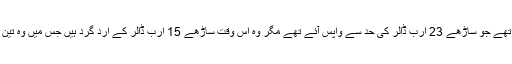
زرمبادلہ کے ذخائر اس وقت 20 ارب ڈالر کو چھو رہے تھے جو ساڑھے 23 ارب ڈالر کی حد سے واپس آئے تھے مگر وہ اس وقت ساڑھے 15 ارب ڈالر کے ارد گرد ہیں جس میں وہ تین ارب ڈالر بھی شامل ہیں جنہیں ہم استعمال نہیں کر سکتے۔